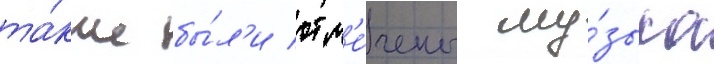
та́кже бы́л'и отм'е́чены му́зыка